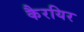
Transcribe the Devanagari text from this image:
कैरयिर